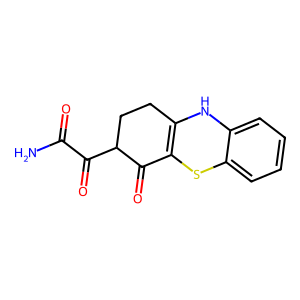
SMILES: NC(=O)C(=O)C1CCC2=C(Sc3ccccc3N2)C1=O
Inhibits HIV replication: No